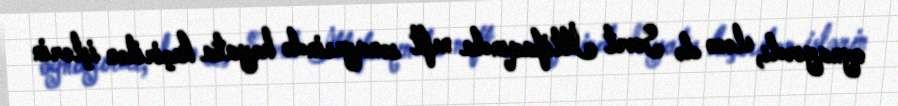
oynayırdı, eləcə də Sovet İttifaqında neft sənayesində həyata keçirilən işlərin